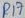
Text: R17